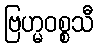
ဗြဟ္မဝစ္စသီ